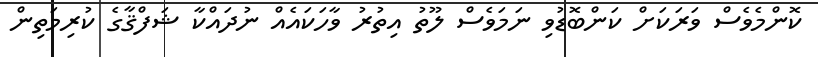
ކޮންމެވެސް ވަރަކަށް ކަންބޮޑުވި ނަމަވެސް ލޫތު އިތުރު ވާހަކައެއް ނުދައްކާ ޝަފްޤާގެ ކުރިމަތިން